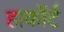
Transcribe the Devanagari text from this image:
हार्कोर्ट